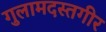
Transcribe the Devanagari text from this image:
गुलामदस्तगीर